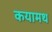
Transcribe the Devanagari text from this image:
कयामथ